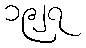
၁၉၂၇